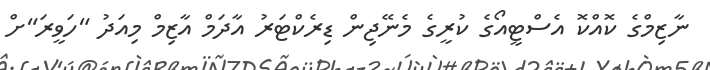
ނާޒިމްގެ ކޮއްކޮ އެސްޓީއޯގެ ކުރީގެ މެނޭޖިން ޑިރެކްޓަރު އާދަމް އާޒިމް މިއަދު "ހަވީރަ"ށް